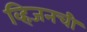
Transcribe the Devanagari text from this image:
व्हिजनची